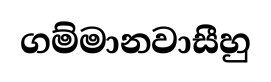
ගම්මානවාසීහු